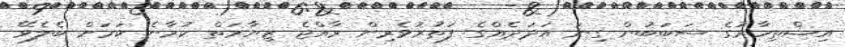
އިޝްތިހާރުގެ ސަބަބުން ގިނަ އަދަދެއްގެ ފަތުރުވެރިން ރާއްޖެ ޒިޔާރަތް ކުރާނެ ކަމަށް ބެލެވޭ